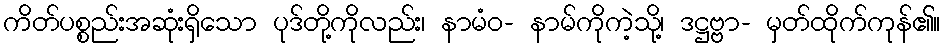
ကိတ်ပစ္စည်းအဆုံးရှိသော ပုဒ်တို့ကိုလည်း၊ နာမံဝ- နာမ်ကိုကဲ့သို့၊ ဒဋ္ဌဗ္ဗာ- မှတ်ထိုက်ကုန်၏။